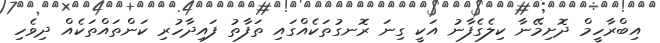
އިބްރާހީމް ދޮށިމޭނާ ކިލެގެފާނު އަކީ ގިނަ ރޮނގުތަކެއްގައި ތަފާތު ފައިދާހުރި ކަންތައްތަކެއް ދިވެހި